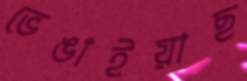
ভেঙাইয়াছ